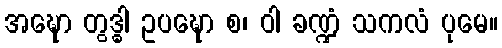
အဍ္ဎော တွဒ္ဓါ ဥပဍ္ဎော စ၊ ဝါ ခဏ္ဍံ သကလံ ပုမေ။